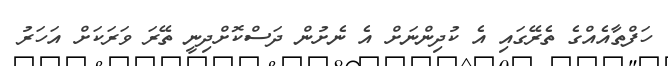
ހަފްތާއެއްގެ ތެރޭގައި އެ ކުދިންނަށް އެ ނެށުން ދަސްކޮށްދިނީ ތޭރަ ވަރަކަށް އަހަރު